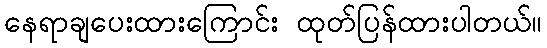
နေရာချပေးထားကြောင်း ထုတ်ပြန်ထားပါတယ်။